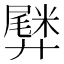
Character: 𫸡